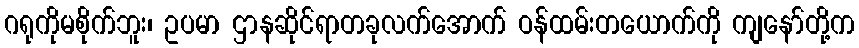
ဂရုကိုမစိုက်ဘူး၊ ဥပမာ ဌာနဆိုင်ရာတခုလက်အောက် ဝန်ထမ်းတယောက်ကို ကျနော်တို့က